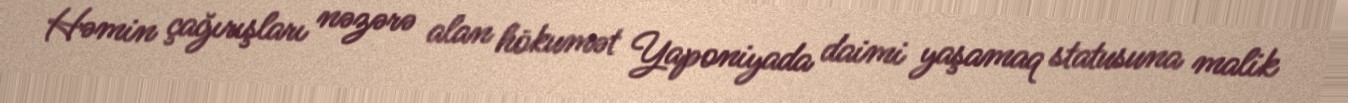
Həmin çağırışları nəzərə alan hökumət Yaponiyada daimi yaşamaq statusuna malik